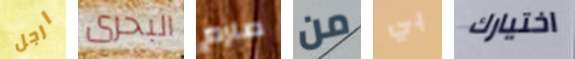
ارجل البحرى صارم من بي اختيارك